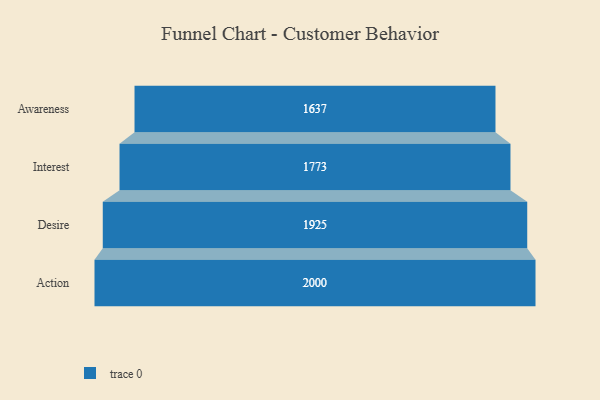
{"axis": {"x": "Stage", "y": "Value"}, "legend": [""], "data": [{"x": "Awareness", "y": 1637.0, "type": ""}, {"x": "Interest", "y": 1773.0, "type": ""}, {"x": "Desire", "y": 1925.0, "type": ""}, {"x": "Action", "y": 2000, "type": ""}]}